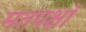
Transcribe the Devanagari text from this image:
मतपक्षों